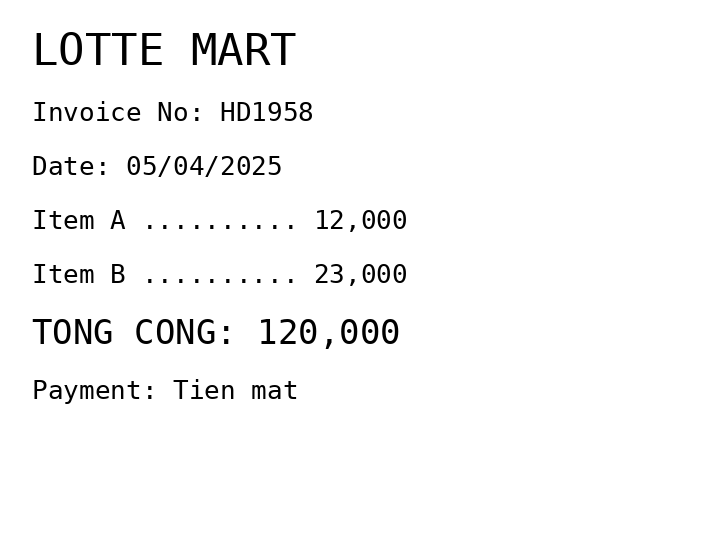
LOTTE MART
Invoice No: HD1958
Date: 05/04/2025
Item A .......... 12,000
Item B .......... 23,000
TONG CONG: 120,000
Payment: Tien mat
Merchant: lotte mart
Date: 2025-04-05
Total: 120000
Invoice No: HD1958
Payment method: CASH